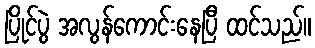
ပြိုင်ပွဲ အလွန်ကောင်းနေပြီ ထင်သည်။